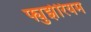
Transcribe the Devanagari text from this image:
फ्युझेरियम